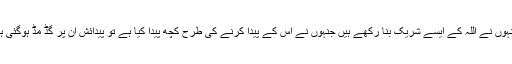
کیا انہوں نے اللہ کے ایسے شریک بنا رکھے ہیں جنہوں نے اس کے پیدا کرنے کی طرح کچھ پیدا کیا ہے تو پیدائش ان پر گڈ مڈ ہوگئی ہے ؟